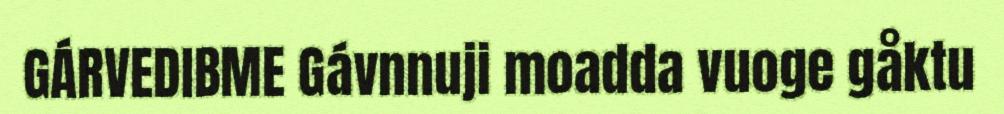
GÁRVEDIBME Gávnnuji moadda vuoge gåktu